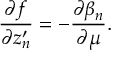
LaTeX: \frac { \partial f } { \partial z _ { n } ^ { \prime } } = - \frac { \partial \beta _ { n } } { \partial \mu } .